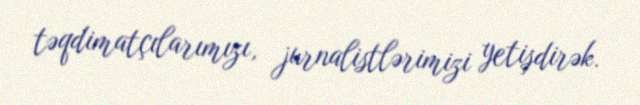
təqdimatçılarımızı, jurnalistlərimizi yetişdirək.